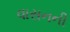
વાસનની